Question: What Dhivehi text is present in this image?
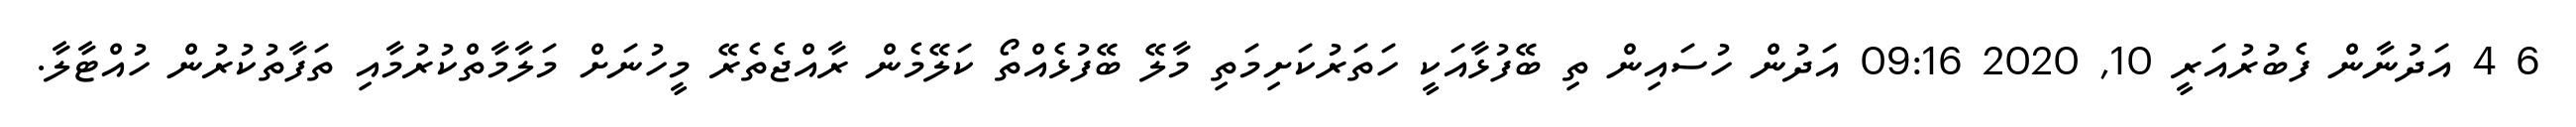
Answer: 6 4 އަދުނާން ފެބުރުއަރީ 10, 2020 09:16 އަދުން ހުސައިން ތި ބޭފުޅާއަކީ ހަތަރުކަށިމަތި މާލޭ ބޭފުޅެއްތޯ ކަލޭމެން ރާއްޖެތެރޭ މީހުނަށް މަލާމާތްކުރުމާއި ތަފާތުކުރުން ހުއްޓާލާ.